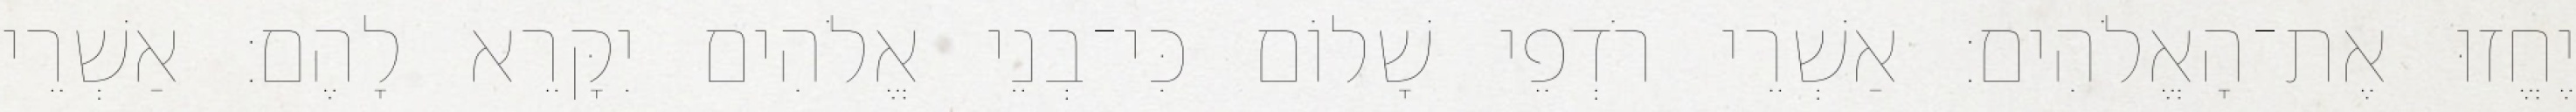
יֶחֱזוּ אֶת־הָאֱלֹהִים׃ אַשְׁרֵי רֹדְפֵי שָׁלוֹם כִּי־בְנֵי אֱלֹהִים יִקָּרֵא לָהֶם׃ אַשְׁרֵי